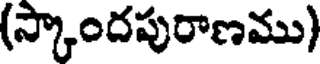
(స్కాందపురాణము)